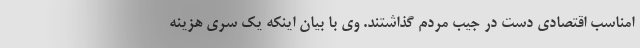
امناسب اقتصادی دست در جیب مردم گذاشتند. وی با بیان اینکه یک سری هزینه